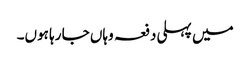
میں پہلی دفعہ وہاں جا رہا ہوں۔